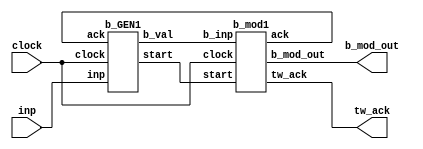


module modQ_tw(inp,clock,tw_ack,b_mod_out);

parameter n = 25;

input clock;
input [n-1:0] inp;
output [n-1:0] b_mod_out;
output tw_ack;

wire start,ack;
wire [n-1:0] b_val;


b_GEN1 GEN1(inp,clock,ack,start,b_val);
b_mod1 MOD1(b_val,clock,start,ack,tw_ack,b_mod_out);

endmodule



module b_GEN1(inp,clock,ack,start,b_val);

parameter n = 25;
parameter Q_reg_size = 12;

input [n-1:0] inp;
input clock;
input ack;
output wire [n-1:0] b_val;

wire [n-1:0] inp_capture;

output reg start;   //for next stage of mod Q reduction

reg [Q_reg_size-1:0] Q = 12'b110100000001;      //modulo 3329

reg [4:0]r_shift;
reg [9:0]temp_val;

wire [n-1:0] s_val;

//inp_capture captures the magnitude of the input
assign inp_capture = inp[n-1] == 0 ? inp : ~inp[n-1:0] + 1;

always @(b_val)
begin
    start <= 1;
end

always@(posedge clock)
begin
    if(ack)
        begin
        if(start)
            start <= 0;
        else
            start <= start;
        end
    else
        start <= start;
end

always @(posedge clock)  
    begin
    if(inp_capture <= 24'b00000000000_1101100000000 )   //6912
        begin
        r_shift  <= 5'b01100;           //12
        temp_val <= 10'b0000000010;     //2
        end
    else if(inp_capture > 24'b00000000000_1101100000000 & inp_capture < 24'b000000001100011101111011) //6912 to 51067
        begin
        r_shift  <= 5'b01101;           //13
        temp_val <= 10'b00000_00011;    //3
        end
    else if(inp_capture >= 24'b000000001100011101111011 & inp_capture < 24'b000011111010010110000010) //51067 to 1025410
        begin
        r_shift  <= 5'b01110;           //14
        temp_val <= 10'b0000000101;     //5
        end
    else if(inp_capture >= 24'b000011111010010110000010 & inp_capture < 24'b011100111001011011001011)  //1025410 to 7575243
        begin
        r_shift  <= 5'b01111;           //15
        temp_val <= 10'b0000001010;     //10
        end
    else //greater than 7575243
        begin
        r_shift   <= 5'b10011;          //19
        temp_val  <= 10'b0010011110;      //158
        end
    end


assign s_val = (inp_capture >> r_shift) * temp_val;
assign b_val = inp[n-1] == 1 ? inp + (s_val * Q) : inp - (s_val * Q); //selection-based approach to support functionality for both +ve
                                                                      //and -ve numbers
endmodule


module b_mod1(b_inp,clock,start,ack,tw_ack,b_mod_out);

parameter n = 25;

input [n-1:0] b_inp;
input clock;
input start;
output [n-1:0] b_mod_out;
output ack;
output tw_ack;
wire sel1,sel2,sel3,sel4,load1,load2,con,msb_b,msb_b_Q;
    
b_mod_datapath1 DATA1(b_inp,clock,sel1,sel2,sel3,con,load1,load2,msb_b,msb_b_Q,b_mod_out);

b_mod_controller1 CON1(clock,start,ack,msb_b,msb_b_Q,sel1,sel2,sel3,load1,load2,con,tw_ack);


endmodule

module b_mod_datapath1(b_inp,clock,sel1,sel2,sel3,con,load1,load2,msb_b,msb_b_Q,b_out_final);

parameter n = 25;
reg [n-1:0] Q = 25'b0000000000000110100000001;   //3329
input [n-1:0] b_inp;
input clock;
input sel1,sel2,sel3,con,load1,load2;

output msb_b;
output msb_b_Q;
output reg[n-1:0] b_out_final;

wire [n-1:0] b_out;
wire [n-1:0] b_mod_out,w1,w2,w3,w4,w5,w6;
wire w7;

assign msb_b = w1[n-1];
assign msb_b_Q = w2[n-1];


//"NOT" the msb of inp and AND it with w8 and feed it into a 2 to 1 MUX
assign w7 = ~b_mod_out[n-1];

mux_2to1_nbit1 MUX1(w6,b_inp,sel1,w1);   //MUX1

adder_cum_sub1 ADDSUB1(w1,con,w2);
//adder_cum_sub ADDSUB2(b_mod_out,w7,b_out_final);
mux_2to1_nbit1 MUX2(w1,w2,sel2,w3);     //MUX2


deMUX1to2_nbit1 deMUX2(w3,sel3,w4,w5);          //deMUX1

PIPO31 REG1(w5,clock,load1,w6);

PIPO31 REG2(w4,clock,load2,b_mod_out);

always @(b_mod_out)
begin
    if(b_mod_out >= 0 & b_mod_out < Q)
    b_out_final = b_mod_out;
    else
    b_out_final = w7 == 1 ? b_mod_out - Q : b_mod_out + Q;
end



endmodule


module mux_2to1_nbit1(a,b,sel,data_out);

parameter n = 25;
input [n-1:0] a;
input [n-1:0] b;
input sel;

output [n-1:0] data_out;

assign data_out = sel ? b:a;

endmodule

module adder_cum_sub1(inp,con,data_out);

//adder cum subtractor based on control input
//con = 0 --> add , con = 1 --> sub

parameter n = 25;

input [n-1:0] inp;
input con;
output [n-1:0] data_out;

reg [n-1:0] Q = 25'b0000000000000110100000001;   //3329

assign data_out = (con == 0) ? inp + Q : inp - Q ; 

endmodule

module deMUX1to2_nbit1(inp,sel,y0,y1);

parameter n = 25;

input [n-1:0] inp;
input sel;
output reg [n-1:0] y0;
output reg [n-1:0] y1;

always @(*)
begin
    case(sel)
        1'b0 : begin
                y0 <= inp;
                y1 <= 25'b0;     
               end
        1'b1 : begin
                y0 <= 25'b0;
                y1 <= inp;
               end
    endcase
end

endmodule

module PIPO31(a,clock,load,reg_out);

parameter n = 25;

input [n-1:0] a;
input clock;
input load;
output reg [n-1:0] reg_out;

always @(posedge clock)
begin
    if(load)
    reg_out <= a;
    else
    reg_out <= reg_out;
end
endmodule

module b_mod_controller1(clock,start,ack,msb_b,msb_b_Q,sel1,sel2,sel3,load1,load2,con,tw_ack);

input clock;
input start;
input msb_b;
input msb_b_Q;
output reg sel1,sel2,sel3,load1,load2,con;
output reg ack;
output reg tw_ack;
reg [1:0] state ; 

initial 
begin
   state <= 2'b00; 
   tw_ack <= 0;
end

always @(posedge clock)
begin
    case(state)
        
        2'b00: begin   
                   sel1 <= 1;
                   sel2 <= 0;
                   sel3 <= 1;
                   tw_ack <= 0;
                   con <= 1; //subtract in the first instance
                   load1 <= 1;
                   if(start)
                        begin
                        ack <= 1;
                        state <= 2'b01;     //goto iterative state
                        end
                   else
                   state <= 2'b00;
                end
                
        2'b01: begin       
                 if(msb_b == 0 & msb_b_Q == 1)   //no reduction required
                    begin
                        sel2 <= 0;
                        sel3 <= 0;
                        load1 <= 0;
                        load2 <= 1;
                        ack <= 0;
                        state <= 2'b10;          //load2 will be activated at this stage
                    end
                 else if(msb_b == 0 & msb_b_Q == 0)   //b > Q
                    begin
                        sel1 <= 0;
                        sel2 <= 1;
                        con <= 1;
                        sel3 <= 1;
                        load1 <= 1;
                        load2 <= 0;
                        ack <= 0;
                        state <= 2'b01;
                    end
                 else if(msb_b == 1 & msb_b_Q == 1)  //b < 0
                    begin
                        sel1 <= 0;
                        sel2 <= 1;
                        con <= 0;
                        sel3 <= 1;
                        load1 <= 1;
                        load2 <= 0;
                        ack <= 0;
                        state <= 2'b01;
                    end
                end
                
        2'b10: begin   //b<0
                    load1 <= 0;
                    load2 <= 1;
                    //tw_ack <= 1;
                    state <= 2'b11;
                end    
                
        2'b11:  begin
                    load2 <= 0;
                    tw_ack <= 1;
                    state <= 2'b00;   //goto first state
                end  
    endcase
    
end

endmodule